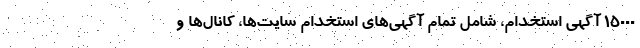
۱۵۰۰۰ آگهی استخدام، شامل تمام آگهی‌های استخدام سایت‌ها، کانال‌ها و